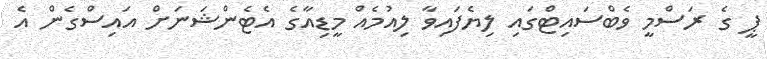
ޕީ ގެ ރަސްމީ ވެބްސައިޓްގައި ލިޔެފައިވާ ލިއުމެއް މީޑިއާގެ އެޓެންޝަނަށް އައިސްގެން އެ